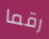
رقما